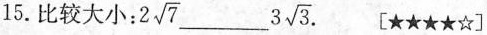
15.比较大小：2 \sqrt{7}___ 3 \sqrt{3}.[★★★★☆]